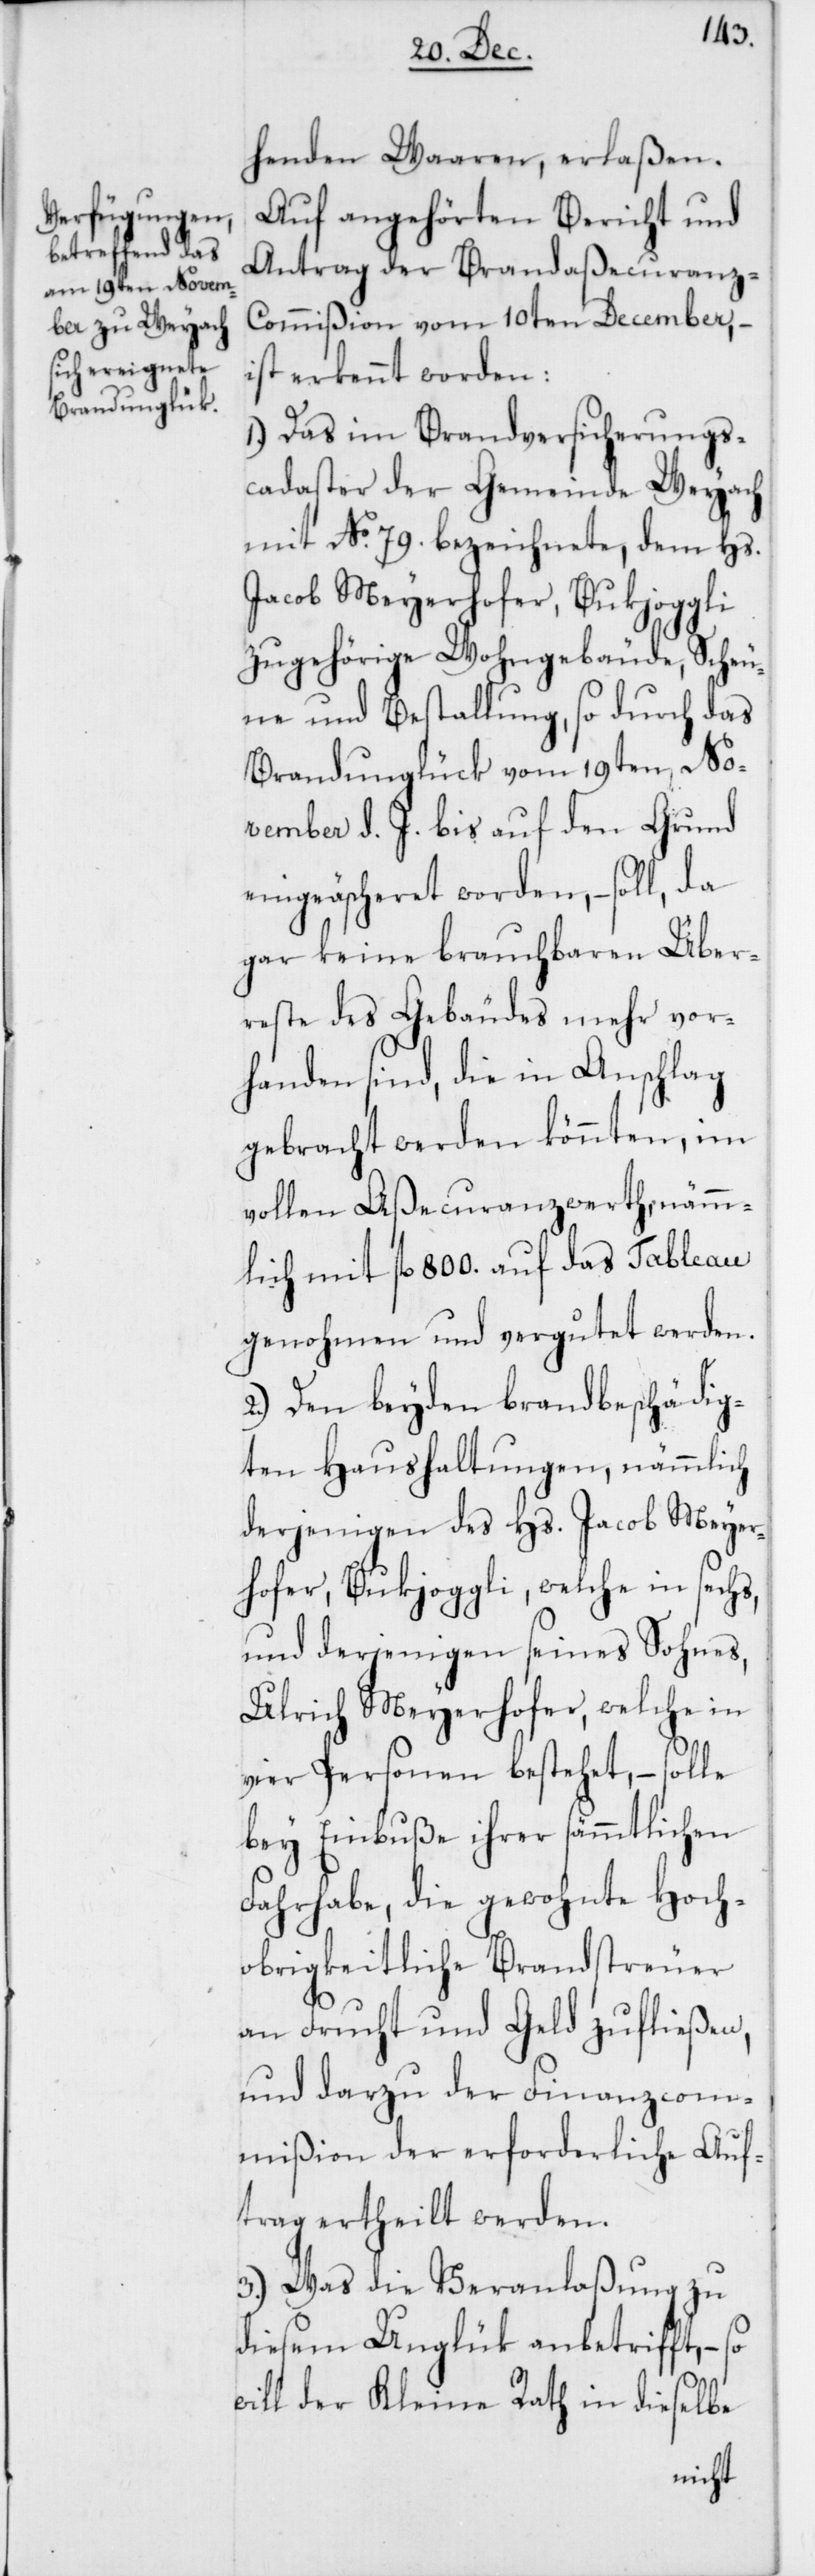
henden Waaren, erlaßen.
Auf angehörten Bericht und
Antrag der Brandaßecuranz-C¬
ommißion vom 10ten December, –
ist erkennt worden:
1.) Das im Brandversicherungs¬
cadaster der Gemeinde Weyach
mit No. 79. bezeichnete, dem Hs.
Jacob Meyerhofer, Bukjoggli,
zugehörige Wohngebäude, Scheu¬
ne und Bestallung, so durch das
Brandunglück vom 19ten No¬
vember d. J. bis auf den Grund
eingeäscheret worden, – soll, da
gar keine brauchbaren Über¬
reste des Gebäudes mehr vor¬
handen sind, die in Anschlag
gebracht werden könnten, im
vollen Aßecuranzwerth, nämm¬
lich mit fl. 800. auf das Tableau
genohmen und vergutet werden.
2.) Den beyden brandbeschädig¬
ten Haushaltungen, nämmlich
derjenigen des Hs. Jacob Meyer¬
hofer, Bukjoggli, welche in sechs,
und derjenigen seines Sohnes,
Ulrich Meyerhofer, welche in
vier Personen bestehet, – solle
bey Einbuße ihrer sämmtlichen
Fahrhabe, die gewohnte hoch¬
obrigkeitliche Brandsteuer
an Frucht und Geld zufließen,
und darzu der Finanzcom¬
mißion der erforderliche Auf¬
trag ertheilt werden.
3.) Was die Veranlaßung zu
diesem Unglük anbetrifft, –
will der Kleine Rath in dieselbe